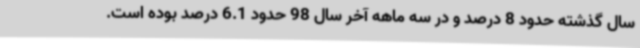
سال گذشته حدود 8 درصد و در سه ماهه آخر سال 98 حدود 6.1 درصد بوده است.